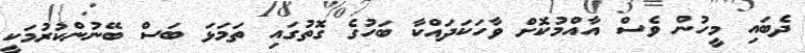
ދެބައި މީހުން ވެސް އާއްމުކޮށް ވާހަކަދައްކާ ބަހުގެ ގޮތުގައި ތަމަޅަ ބަސް ބޭނުންކުރުމަކީ